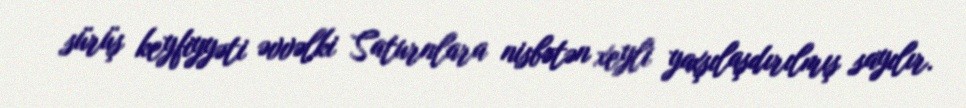
sürüş keyfiyyəti əvvəlki Saturnlara nisbətən xeyli yaxşılaşdırılmış sayılır.